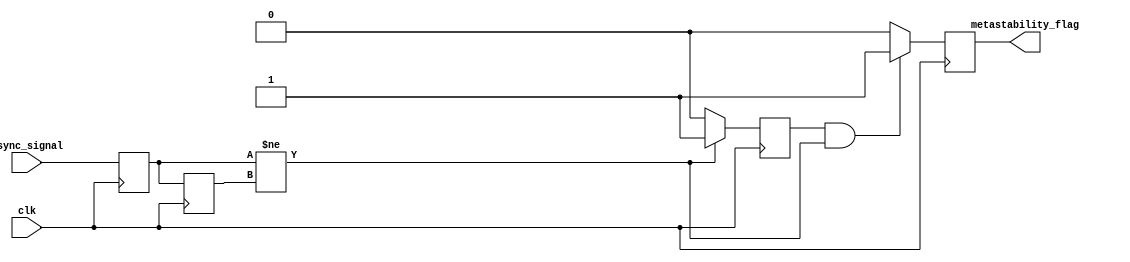
module metastability_detector (
    input wire clk,               // Clock input
    input wire async_signal,      // Asynchronous input signal
    output reg metastability_flag  // Output flag indicating metastability
);

    // Internal signals for flip-flop outputs
    reg ff1_out, ff2_out;
    reg pulse;

    // D Flip-Flops to sample the asynchronous signal
    always @(posedge clk) begin
        ff1_out <= async_signal; // Sample the asynchronous signal
        ff2_out <= ff1_out;      // Sample the output of the first flip-flop
    end

    // Pulse generation logic
    always @(posedge clk) begin
        if (ff1_out != ff2_out) begin
            pulse <= 1'b1;        // Generate pulse when ff1 changes
        end else begin
            pulse <= 1'b0;        // Reset pulse otherwise
        end
    end

    // Metastability detection logic
    always @(posedge clk) begin
        if (pulse && (ff1_out != ff2_out)) begin
            metastability_flag <= 1'b1; // Set flag if metastability is detected
        end else begin
            metastability_flag <= 1'b0; // Clear flag otherwise
        end
    end

endmodule